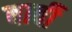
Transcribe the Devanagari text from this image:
बार्वी